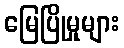
မြေပြိုမှုများ